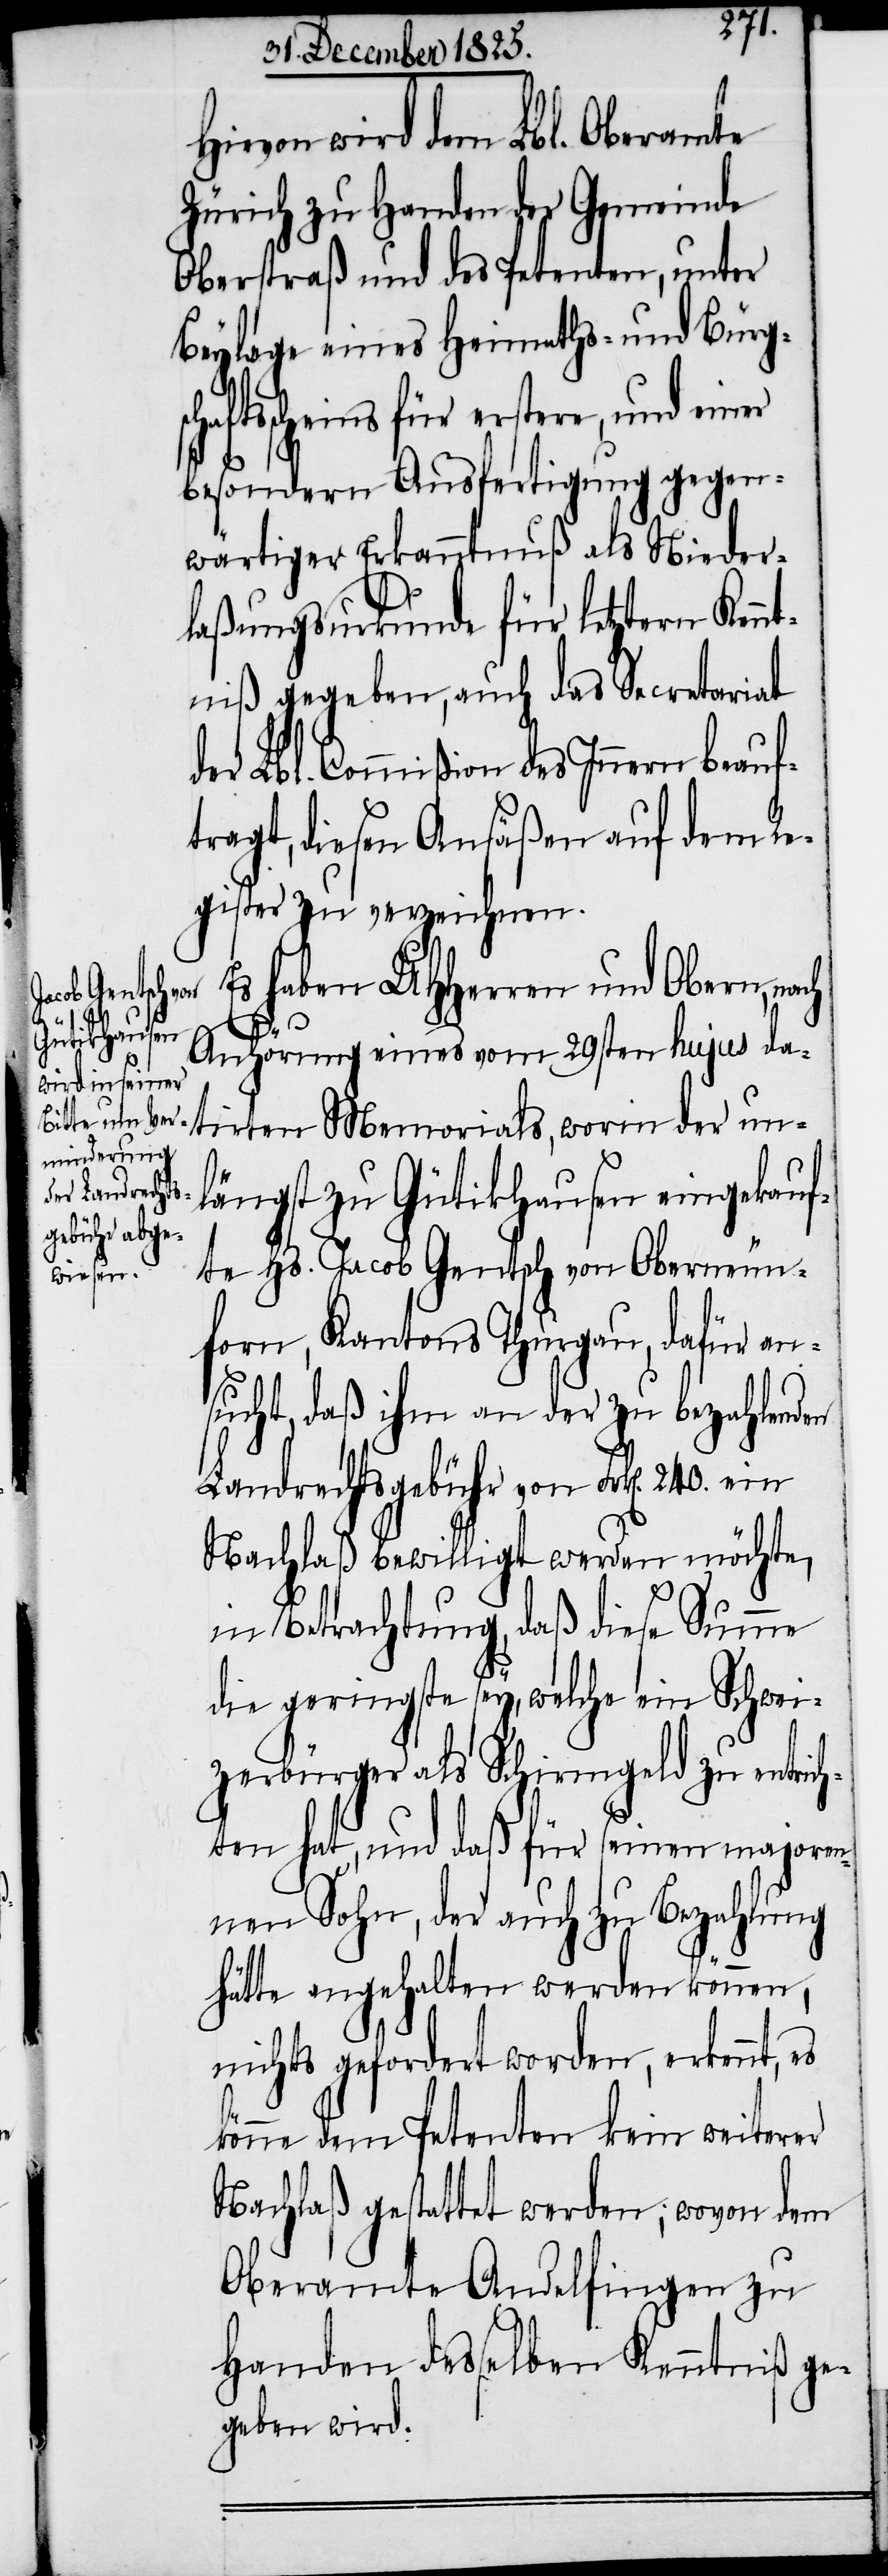
Hievon wird dem Lbl. Oberamte
Zürich zu Handen der Gemeinde
Oberstraß und des Petenten, unter
Beylage eines Heimaths- und Bürgsc¬
haftsscheins für erstere, und einer
besondern Ausfertigung gegen¬
wärtiger Erkanntnuß als Nieder¬
laßungsurkunde für letztern Kennt¬
niß gegeben, auch das Secretariat
der Lbl. Commißion des Innern beauf¬
tragt, diesen Ansäßen auf dem Re¬
gister zu verzeichnen.
Es haben UHHerren und Obern, nach
Anhörung eines vom 29sten hujus da¬
tirten Memorials, worin der un¬
längst zu Gütikhausen eingekauf¬
te Hs. Jacob Gentsch von Oberneun¬
forn, Kantons Thurgau, dafür an¬
sucht, daß ihm an der zu bezahlenden
Landrechtsgebühr von Frk[en]. 240. ein
Nachlaß bewilligt werden möchte,
in Betrachtung, daß diese Summe
die geringste sey, welche ein Schwei¬
zerbürger als Schirmgeld zu entrich¬
ten hat, und daß für seinen majoren¬
nen Sohn, der auch zu Bezahlung
hätte angehalten werden können,
nichts gefordert worden, erkennt, es
könne dem Petenten kein weiterer
Nachlaß gestattet werden; wovon dem
Oberamte Andelfingen zu
Handen desselben Kenntniß ge¬
geben wird.